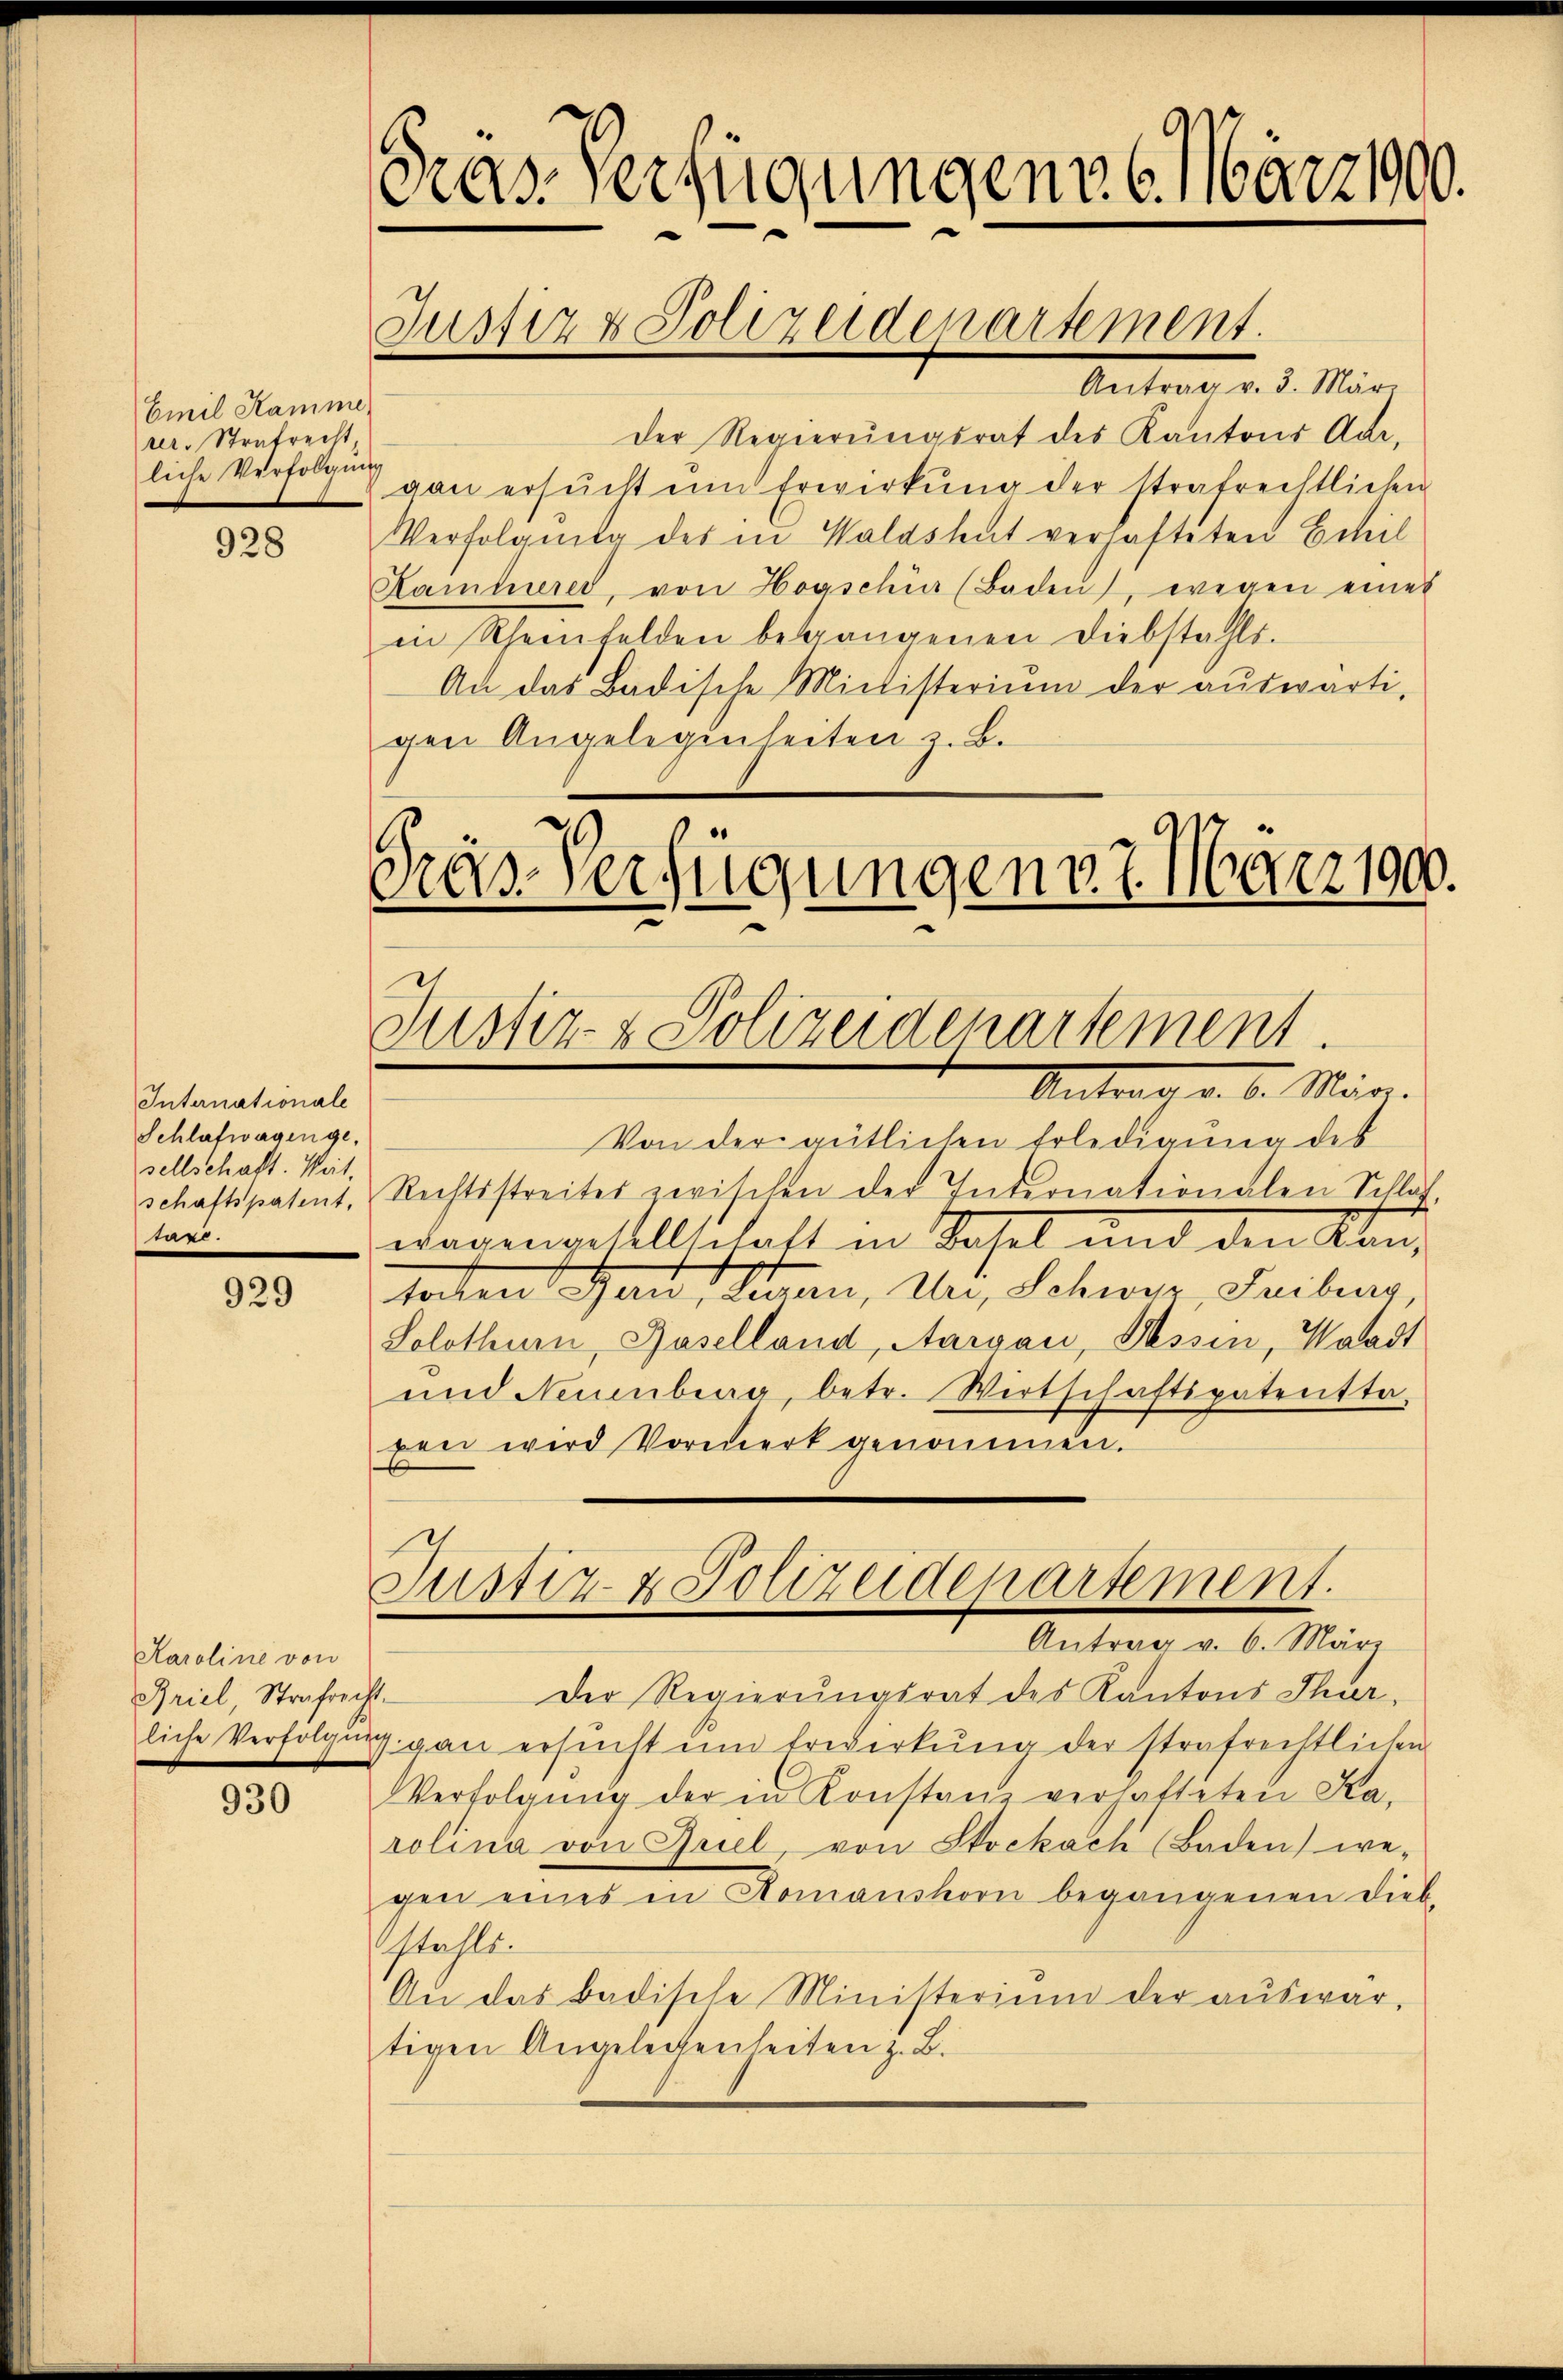
Emil Hamme
rer. Strafrecht,
liche Verfolgung

928

Internationale
Schlafwagenge,
sellschaft. Weit.
schaftspatent,
.

929

Karoline von
Briel, Strafrecht

930

as Verfügungen 6. März 1900.
Justiz & Polizeidenartement.
Antrag d. d. Mar

der Regierungsrat des Kantons Aar-
von ersucht ein Erwirkung der strafrechtlichen
Verfolgung des in Waldshut verhafteten Beteil
Kammerer, von Hogschin (Baden, wegen eines
in Rheinfelden begangenen Diebstahls.
An das Badische Michisterium der aŭswärti-
gen Angelegenheiten z. B.
Gras Verfügungen 7. März 190.

Von der amtlichen Erledigung des
Rechtsstreites zwischen der Internationalen Schlaf,
wegengesellschaft in Sasel und den Kau-
tochen Hau, Sonnen, Uri, Schwer, Teilung,
Solothur, Baselland, Aargau, Tessin, Waadt
und Neuenburg, betr. Wirtschaftspatentta,
xrei wird Vormerk genommen.

Justiz- & Polizeidenartement
Antrag v. 6. März.

Justiz- & Polizeidepartement.
Antrag v. 6. März

Der Regierungsrat des Kantons Thurliche Verfolgung gan ersŭcht ŭm Erwirkŭng der strafrechtlichen
Verfolgŭng der in Konstanz verhatteten Ka-
rolina von Quel, von Stockach (Baden) we-
gen eines in Homanshorn begangenen Dieb-
stahls
An das Badische Ministerium der aŭswärtigen Angelegenheiten z. B.